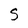
Character: S